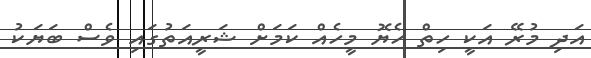
އަދި މުރޭ އަކީ ހިތް ހެޔޮ މީހެއް ކަމަށް ޝަރީއަތުގައި ވެސް ބަޔަކު